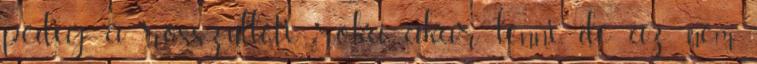
pedig a rosszulléti róka akar lenni, de az nem